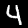
Digit: 4